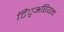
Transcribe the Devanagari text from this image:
टिपृअरियन